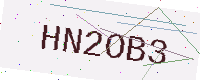
Text: HN2OB3